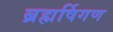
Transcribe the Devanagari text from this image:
ब्रह्मर्षिगण